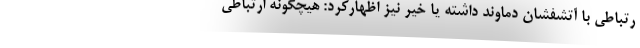
رتباطی با آتشفشان دماوند داشته یا خیر نیز اظهارکرد: هیچگونه ارتباطی